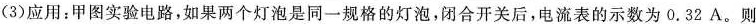
(3)应用：甲图实验电路，如果两个灯泡是同一规格的灯泡，闭合开关后，电流表的示数为0.32A。则